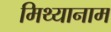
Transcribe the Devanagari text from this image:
मिथ्यानाम